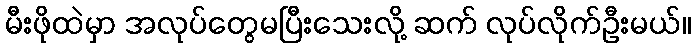
မီးဖိုထဲမှာ အလုပ်တွေမပြီးသေးလို့ ဆက် လုပ်လိုက်ဦးမယ်။